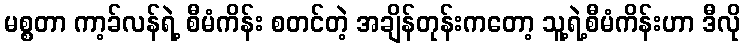
မစ္စတာ ကာ့ခ်လန်ရဲ့ စီမံကိန်း စတင်တဲ့ အချိန်တုန်းကတော့ သူ့ရဲ့စီမံကိန်းဟာ ဒီလို